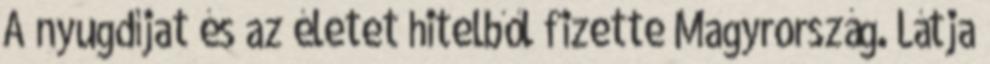
A nyugdíjat és az életet hitelből fizette Magyrország. Látja